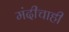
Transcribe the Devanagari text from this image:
मंदीचाही